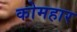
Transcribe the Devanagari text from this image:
कोमहार